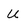
Character: U